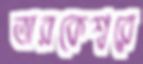
তারকেশ্বরে